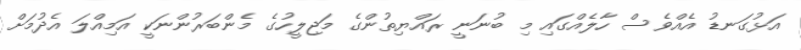
އަޅުގަނޑު އެއްވެސް ހާލެއްގައި މި ބުނަނީ ރައްޔިތުންގެ މަޖިލީހުގެ މެންބަރުންނަކީ އަމިއްލަ އެދުމަށް